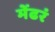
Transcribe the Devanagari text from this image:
मेंढरं